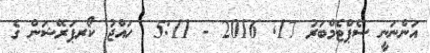
އަންނަނީ ސެޕްޓެމްބަރު 17